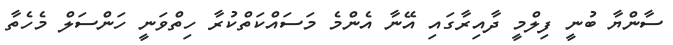
ސާންޔާ ބުނީ ފިލްމީ ދާއިރާގައި އޭނާ އެންމެ މަސައްކަތްކުރާ ހިތްވަނީ ހަންސަލް މެހެތާ